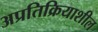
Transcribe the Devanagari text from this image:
अप्रतिक्रियाशील